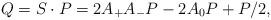
LaTeX: \begin{align*} Q=S\cdot P=2A_{+}A_{-}P-2A_0P+P/2,\end{align*}